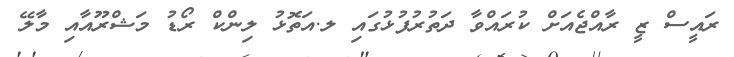
ރައީސް ޒީ ރާއްޖެއަށް ކުރައްވާ ދަތުރުފުޅުގައި ލ.އަތޮޅު ލިންކް ރޯޑު މަޝްރޫއާއި މާލޭ